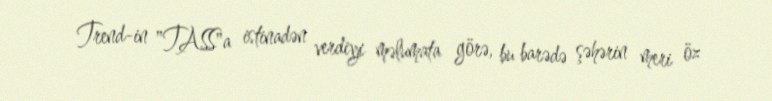
Trend-in "TASS"a istinadən verdiyi məlumata görə, bu barədə şəhərin meri öz